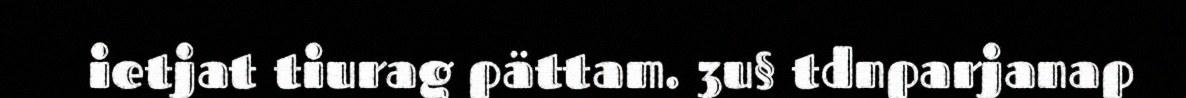
ietjat tiurag pättam. 3u§ tdnparjanap